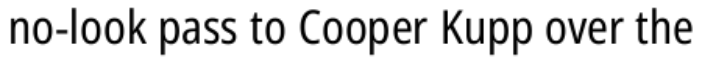
no-look pass to Cooper Kupp over the